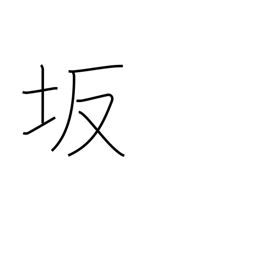
Meaning: slope